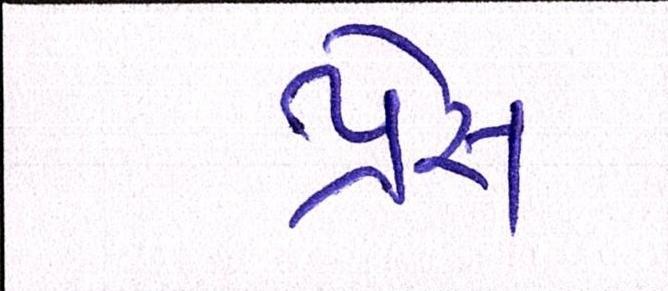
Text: પ્રેસ